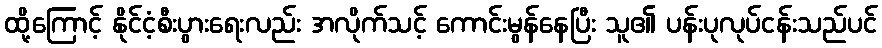
ထို့ကြောင့် နိုင်ငံ့စီးပွားရေးလည်း အလိုက်သင့် ကောင်းမွန်နေပြီး သူ၏ ပန်းပုလုပ်ငန်းသည်ပင်